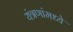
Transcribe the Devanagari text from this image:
यंत्रणांमध्ये